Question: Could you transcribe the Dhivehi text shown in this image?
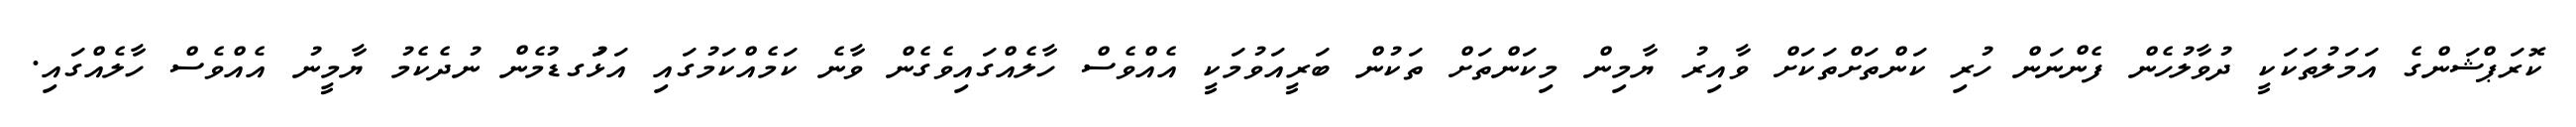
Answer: ކޮރަޕްޝަންގެ އަމަލުތަކަކީ ދުވާލުހެން ފެންނަން ހުރި ކަންތަށްތަކަށް ވާއިރު ޔާމިން މިކަންތަށް ތަކުން ބަރީއަވުމަކީ އެއްވެސް ހާލެއްގައިވެގެން ވާނެ ކަމެއްކަމުގައި އަޅުަގޑުމެން ނުދެކެމު ޔާމީނު އެއްވެސް ހާލެއްގައި.